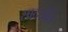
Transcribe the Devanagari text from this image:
सादयंति